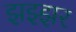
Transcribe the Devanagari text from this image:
झझ्झर